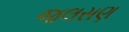
જલસણ